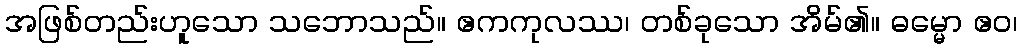
အဖြစ်တည်းဟူသော သဘောသည်။ ဧကကုလဿ၊ တစ်ခုသော အိမ်၏။ ဓမ္မော ဧဝ၊